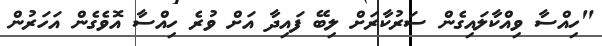
"ހިއްސާ ވިއްކާލައިގެން ސަރުކާރަށް ލިބޭ ފައިދާ އަށް ވުރެ ހިއްސާ އޮވެގެން އަހަރުން